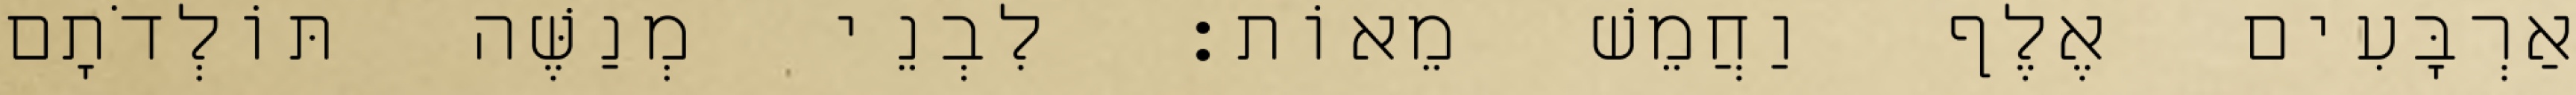
אַרְבָּעִים אֶלֶף וַחֲמֵשׁ מֵאוֹת׃ לִבְנֵי מְנַשֶּׁה תּוֹלְדֹתָם